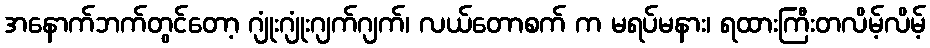
အနောက်ဘက်တွင်တော့ ဂျုံးဂျုံးဂျက်ဂျက်၊ လယ်တောစက် က မရပ်မနား၊ ရထားကြီးတလိမ့်လိမ့်